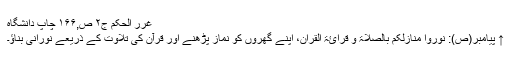
غرر الحکم ج۲ ص,۱۶۶ چاپ دانشگاہ
↑ پیامبر(ص): نوروا منازلکم بالصلاۃ و قرائۃ القران، اپنے گھروں کو نماز پڑھنے اور قرآن کی تلاوت کے ذریعے نورانی بناؤ۔